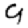
Digit: 9